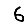
Digit: 6